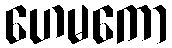
ဟေမကော